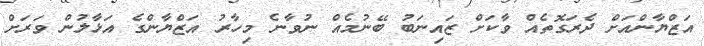
އަޒްޔާންއަށް ދެރަގޮތެއް ވާކަށް ޒައިނަބު ބޭނުމެއް ނުވާނެ މިހާރު އަޒްޔާންގެ އަޅާލުން ވަރަށް